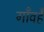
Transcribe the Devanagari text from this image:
गाँवहै